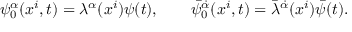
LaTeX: \psi _ { 0 } ^ { \alpha } ( x ^ { i } , t ) = \lambda ^ { \alpha } ( x ^ { i } ) \psi ( t ) , \qquad \bar { \psi } _ { 0 } ^ { \dot { \alpha } } ( x ^ { i } , t ) = \bar { \lambda } ^ { \dot { \alpha } } ( x ^ { i } ) \bar { \psi } ( t ) .